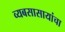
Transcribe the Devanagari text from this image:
व्यबसासायांचा